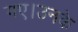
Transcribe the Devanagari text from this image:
गए।उनके